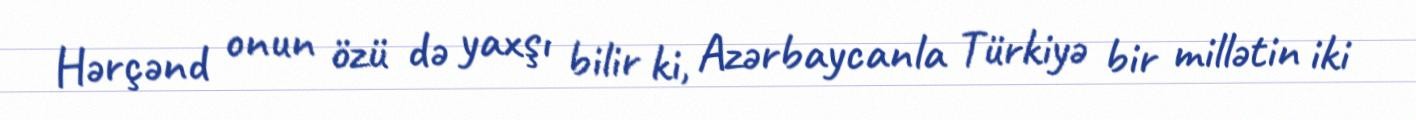
Hərçənd onun özü də yaxşı bilir ki, Azərbaycanla Türkiyə bir millətin iki